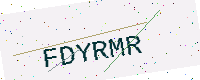
Text: FDYRMR